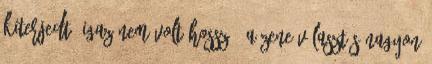
kiterjedt, igaz nem volt hosszú. A zene választás nagyon